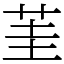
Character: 茥